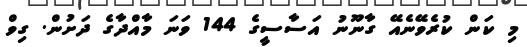
މި ކަން ކުރެވޭނެއޭ ގާނޫނު އަަސާސީގެ 144 ވަނަ މާއްދާގެ ދަށުން. ގިވް